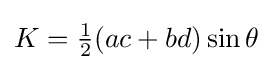
K={\tfrac {1}{2}}(ac+bd)\sin {\theta }